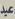
عبد